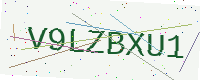
Text: V9LZBXU1